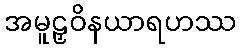
အမူဠှဝိနယာရဟဿ